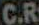
C.R